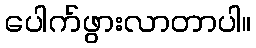
ပေါက်ဖွားလာတာပါ။